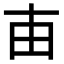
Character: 𤰔